画像に写った文字を読んでください
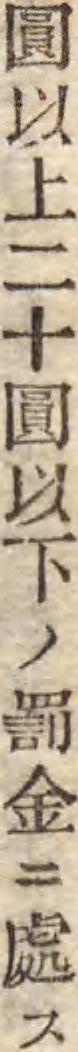
「圓以上二十圓以下ノ罰金ニ處ス」と書いてあります